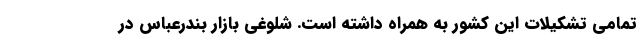
تمامی تشکیلات این کشور به همراه داشته است. شلوغی بازار بندرعباس در